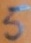
Text: 5